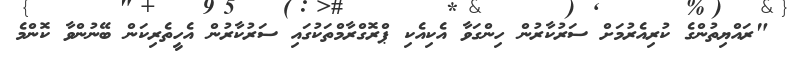
"ރައްޔިތުންގެ ކުރިއެރުމަށް ސަރުކާރުން ހިންގަވާ އެކިއެކި ޕްރޮގްރާމްތަކުގައި ސަރުކާރުން އެހީތެރިކަން ބޭނުންވާ ކޮންމެ